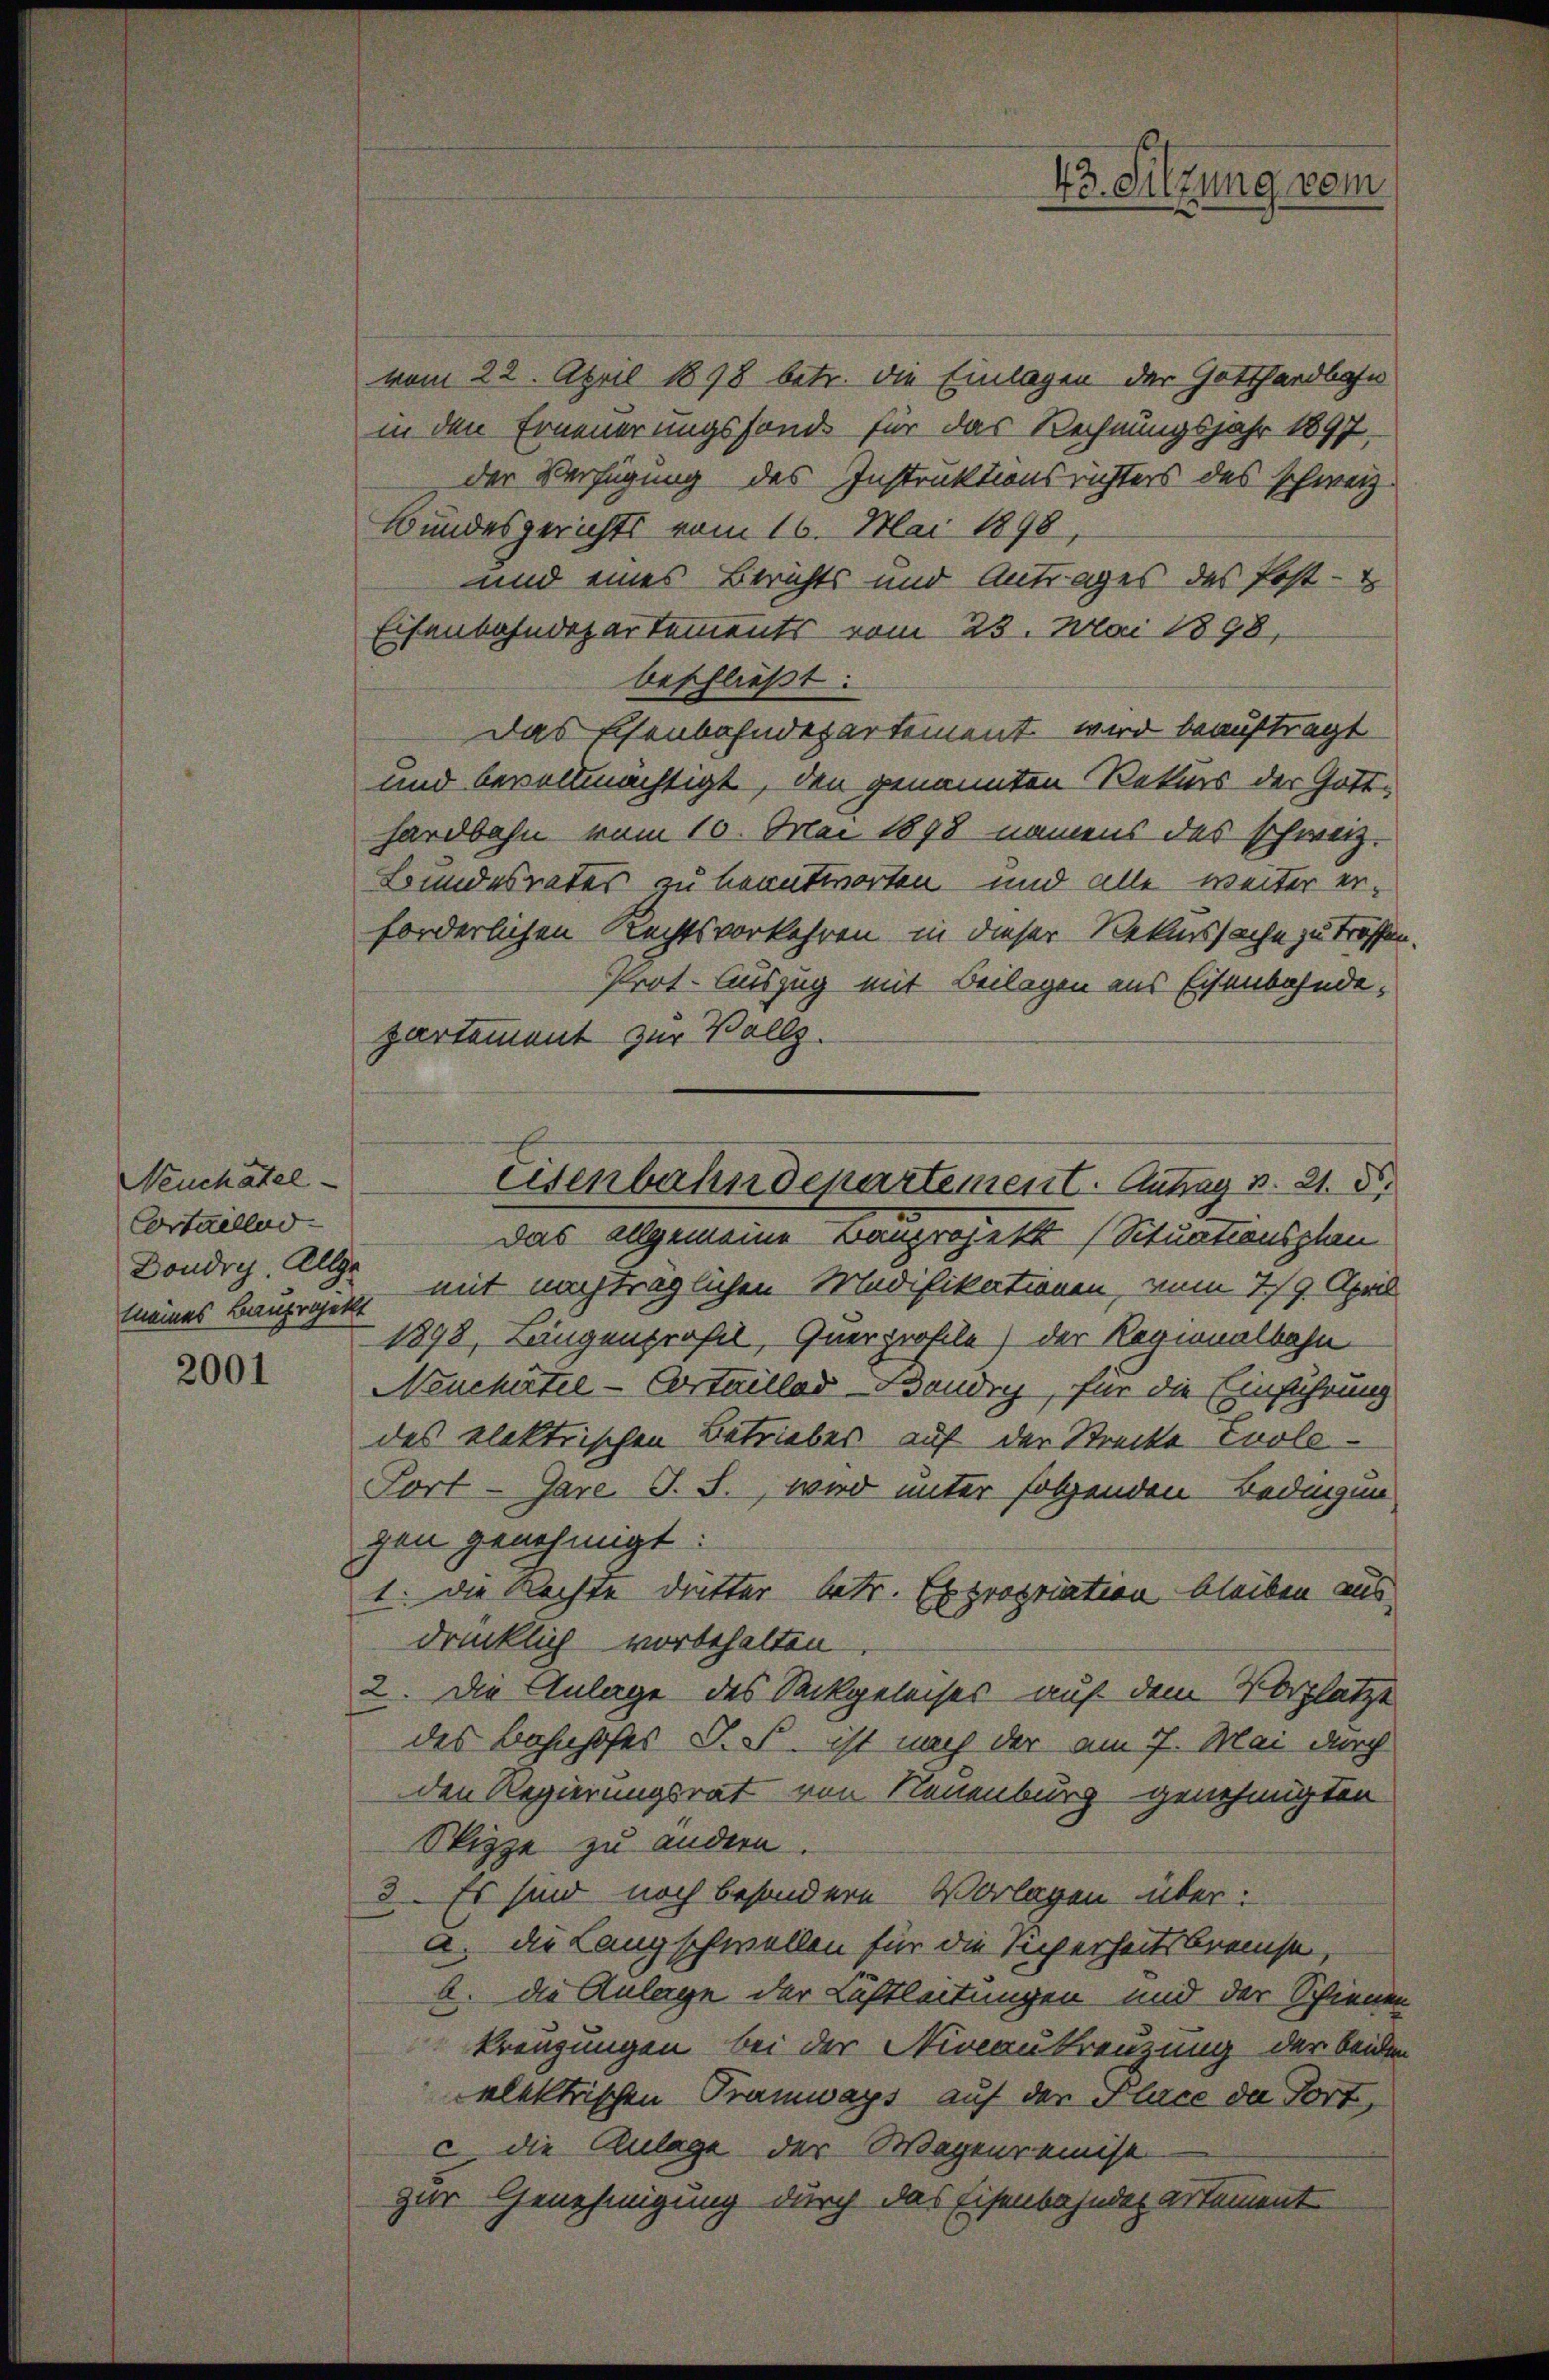
Neuchâtel
Cortaillud
Dondrch. Allge

2001

vom 22. April 1898 betr. die Einlagen der Gotthardbahn
in den Erneuerungsfond für das Rechnungsjahr 1897,
der Verfügung des Instruktionsrichters des schweiz.
Bundesgerichts vom 16. Mai 1898,
und eines Berichts und Antrages des Post-
Eisenbahndepartements vom 23. Mai 1898,
beschließt:
Das Eisenbahndepartement wird beauftragt
und bevollmächtigt, den genannten Rekurs der Gotthardbahn vom 10. Mai 1898 namens des schweiz.
Bundesrates zu beantworten und alle weiter erforderlichen Rechtsvorkehren in dieser Rekurssache zu treffen.
Prot. Auszug mit Beilagen aus Eisenbahndepartement zur Vollz
Das allgemeine Bauprojekt (Situationsplan
meines Bauprojekt mit nachträglichen Modifikationen, vom 7/9. April
1898, Leingenprofit, Querprofile) der Regionalbahn
Neuchartel - Cortaillar Baudry, für die Einführung
des elektrischen Betriebes auf der Strecke Euole¬
Fort-Gare S. S., wird unter folgenden Bedingun
gen genehmigt:
1. Die Rechte dutter betr. Expropriation bleiben aus
drücklich vorbehalten.
2. Die Anlage des Sackgeleises auf dem Vorplätze
des Bahnhofes J. F. ist nach der am 7. Mai durch
den Regierungsrat von Neuenburg genehmigten
Skizze zu andern.
3. Es sind noch besondere Vorlagen über:
a. die Langschwellen für die Sicherheitsbreise,
b. die Anlage der Lüstleitungen und der Schienen
kreuzungen bei der Niveaukreuzung der beiden
elektrischen Tramways auf der Place da fort,
c die Anlage der Wegenreinist
zur Genehmigung durch das Eisenbahnderartement

Eisenbahndepartement. Antrag v. 21. d.

45. Sitzung vom